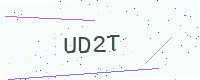
Text: UD2T